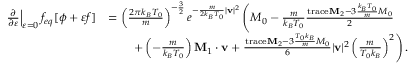
\begin{array} { r l } { \left. \frac { \partial } { \partial \varepsilon } \right| _ { \varepsilon = 0 } f _ { e q } [ \phi + \varepsilon f ] } & { = \left( \frac { 2 \pi k _ { B } T _ { 0 } } { m } \right) ^ { - \frac { 3 } { 2 } } e ^ { - \frac { m } { 2 k _ { B } T _ { 0 } } | \mathbf { v } | ^ { 2 } } \left( M _ { 0 } - \frac { m } { k _ { B } T _ { 0 } } \frac { \mathrm { t r a c e } \mathbf { M } _ { 2 } - 3 \frac { k _ { B } T _ { 0 } } { m } M _ { 0 } } { 2 } \right. } \\ & { \qquad \left. + \left( - \frac { m } { k _ { B } T _ { 0 } } \right) \mathbf { M } _ { 1 } \cdot \mathbf { v } + \frac { \mathrm { t r a c e } \mathbf { M } _ { 2 } - 3 \frac { T _ { 0 } k _ { B } } { m } M _ { 0 } } { 6 } | \mathbf { v } | ^ { 2 } \left( \frac { m } { T _ { 0 } k _ { B } } \right) ^ { 2 } \right) . } \end{array}